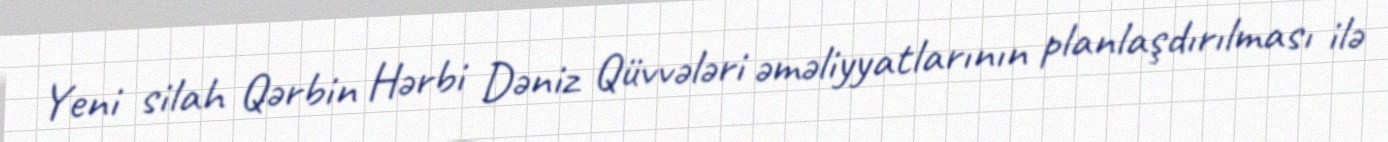
Yeni silah Qərbin Hərbi Dəniz Qüvvələri əməliyyatlarının planlaşdırılması ilə